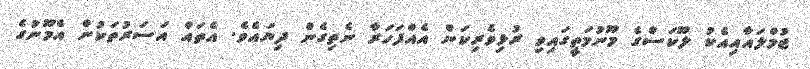
ޖުމްލައާއިއެކު ލޫކަސްގެ މޫނުމަތީގައިވި ރުޅިވެރިކަން އެއްފަހަރާ ނެތިގެން ދިޔައެވެ. އެތައް އަސަރުތަކުން އެމޫނުގެ